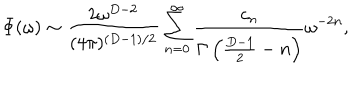
LaTeX: \Phi ( \omega ) \sim { \frac { 2 \omega ^ { D - 2 } } { ( 4 \pi ) ^ { ( D - 1 ) / 2 } } } \sum _ { n = 0 } ^ { \infty } { \frac { c _ { n } } { \Gamma \left( { \frac { D - 1 } { 2 } } - n \right) } } \omega ^ { - 2 n } ,